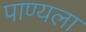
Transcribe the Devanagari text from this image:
पाण्यला